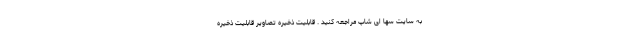
به سایت سها ای شاپ مراجعه کنید . قابلیت ذخیره‌ تصاویر قابلیت ذخیره‌